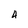
Character: 4